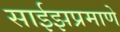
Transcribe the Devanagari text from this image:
साईझप्रमाणे